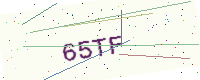
Text: 65TF